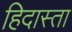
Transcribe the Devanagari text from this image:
हिदास्ता